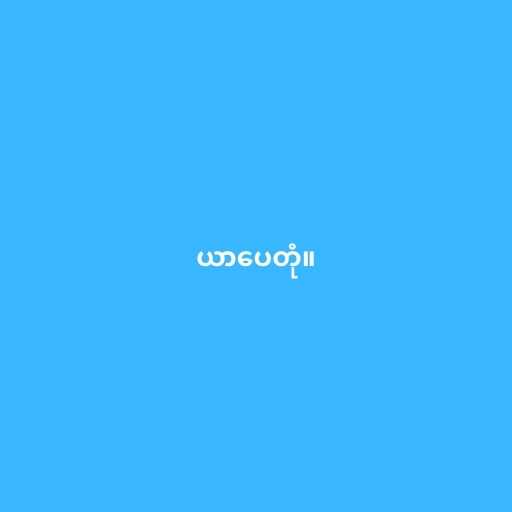
ယာပေတုံ။